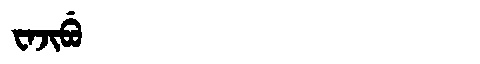
Manchu: ᠸᠠᠵᡳᠪᡠ
Romanization: WAJIBU